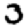
Digit: 3